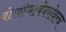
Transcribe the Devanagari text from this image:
बोलीभाषेबरोबरच